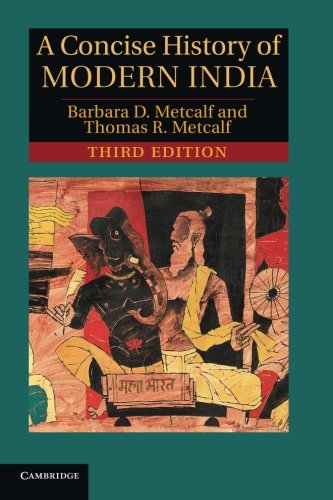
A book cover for A Concise History of Modern India, 3rd Edition; Barbara D. Metcalf; History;